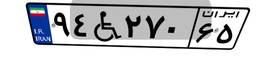
۵۴W۹۳۵۲۱